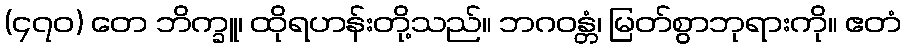
(၄၇၀) တေ ဘိက္ခူ၊ ထိုရဟန်းတို့သည်။ ဘဂဝန္တံ၊ မြတ်စွာဘုရားကို။ ဧတံ